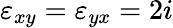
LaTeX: \varepsilon_{xy}=\varepsilon_{yx}=2i